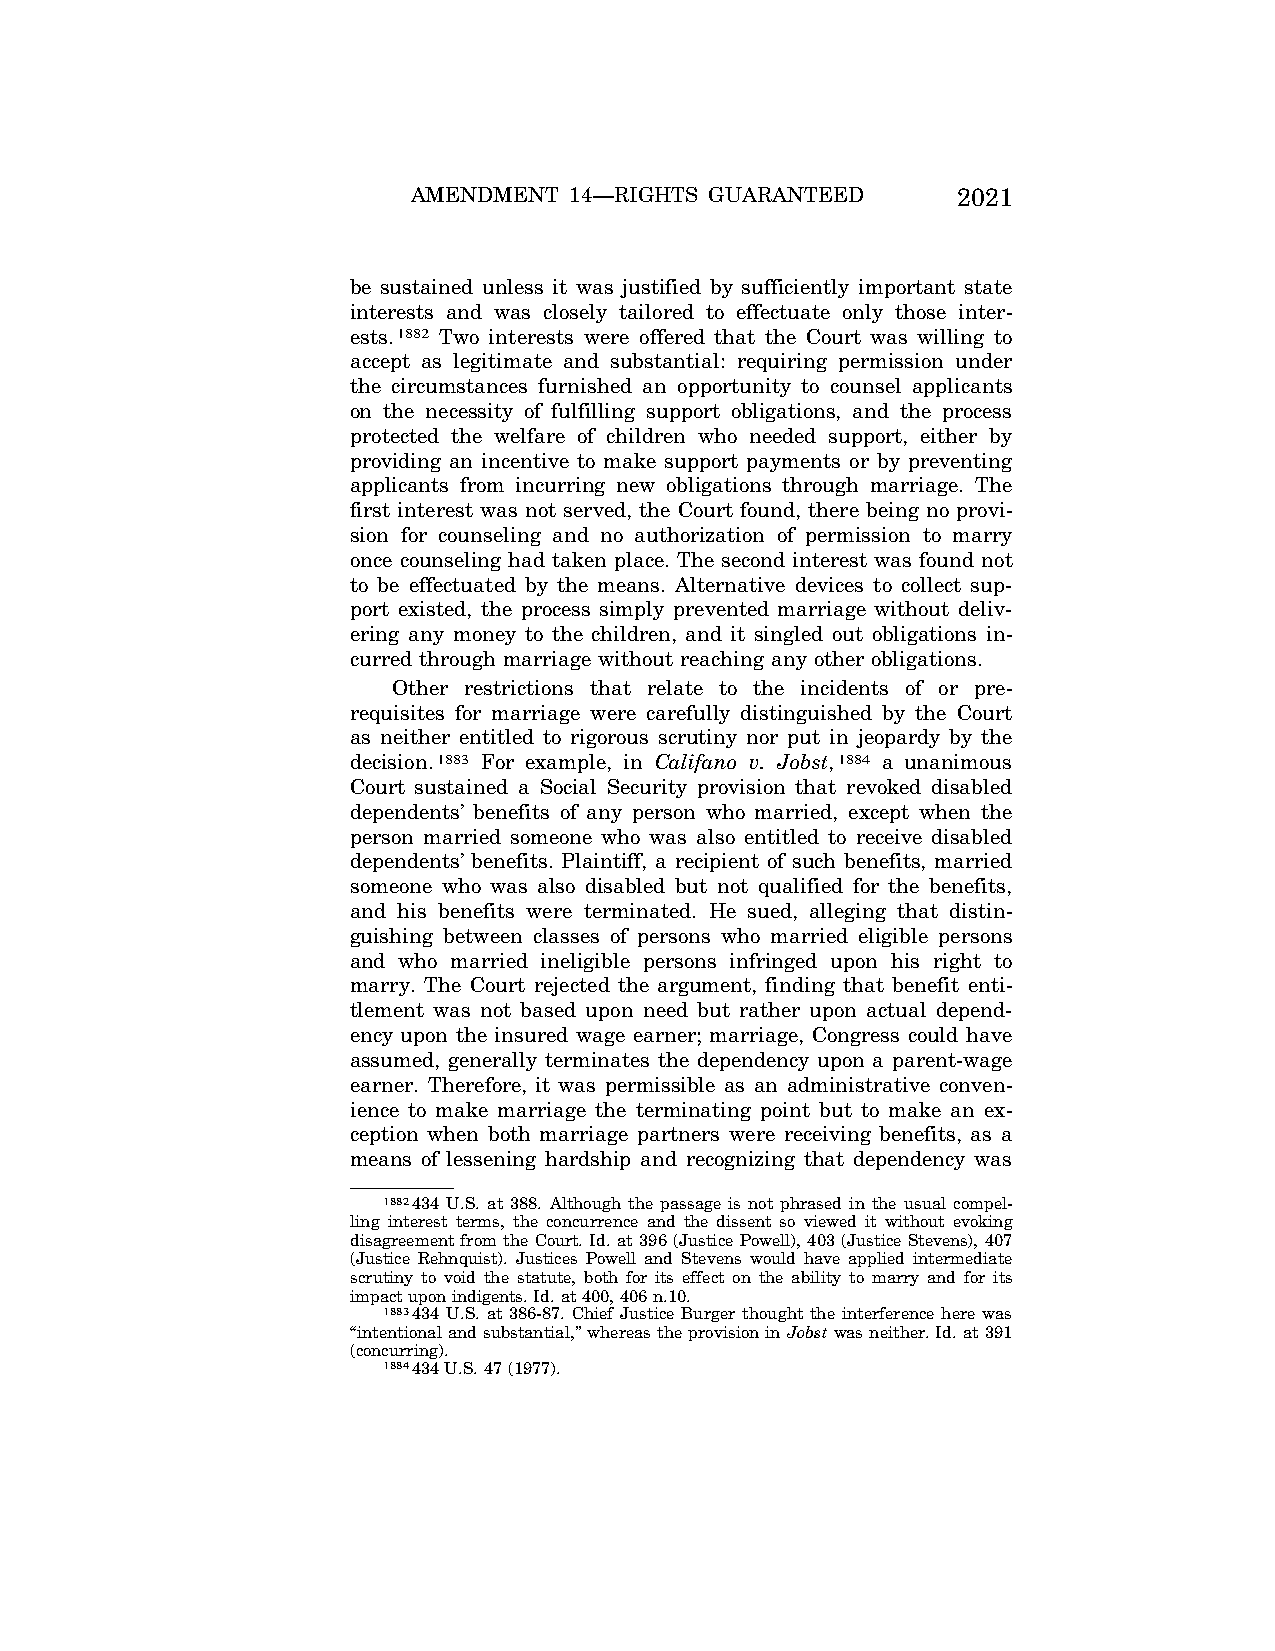
AMENDMENT  14—RIGHTS GUARANTEED     2021
 be sustained unless it was justified by sufficiently important state
 interests and was closely tailored to effectuate only those inter-
 ests.1882 Two interests were offered that the Court was willing to
 accept as legitimate and substantial: requiring permission under
 the circumstances furnished an opportunity to counsel applicants
 on the necessity of fulfilling support obligations, and the process
 protected the welfare of children who needed support, either by
 providing an incentive to make support payments or by preventing
 applicants from incurring new obligations through marriage. The
 first interest was not served, the Court found, there being no provi-
 sion for counseling and no authorization of permission to marry
 once counseling had taken place. The second interest was found not
 to be effectuated by the means. Alternative devices to collect sup-
 port existed, the process simply prevented marriage without deliv-
 ering any money to the children, and it singled out obligations in-
 curred through marriage without reaching any other obligations.
 Other restrictions that relate to the incidents of or pre-
 requisites for marriage were carefully distinguished by the Court
 as neither entitled to rigorous scrutiny nor put in jeopardy by the
 decision.1883 For example, in Califano v. Jobst,1884 a unanimous
 Court sustained a Social Security provision that revoked disabled
 dependents’ benefits of any person who married, except when the
 person married someone who was also entitled to receive disabled
 dependents’ benefits. Plaintiff, a recipient of such benefits, married
 someone who was also disabled but not qualified for the benefits,
 and his benefits were terminated. He sued, alleging that distin-
 guishing between classes of persons who married eligible persons
 and who married ineligible persons infringed upon his right to
 marry. The Court rejected the argument, finding that benefit enti-
 tlement was not based upon need but rather upon actual depend-
 ency upon the insured wage earner; marriage, Congress could have
 assumed, generally terminates the dependency upon a parent-wage
 earner. Therefore, it was permissible as an administrative conven-
 ience to make marriage the terminating point but to make an ex-
 ception when both marriage partners were receiving benefits, as a
 means of lessening hardship and recognizing that dependency was
 1882434 U.S. at 388. Although the passage is not phrased in the usual compel-
 ling interest terms, the concurrence and the dissent so viewed it without evoking
 disagreement from the Court. Id. at 396 (Justice Powell), 403 (Justice Stevens), 407
 (Justice Rehnquist). Justices Powell and Stevens would have applied intermediate
 scrutiny to void the statute, both for its effect on the ability to marry and for its
 impact upon indigents. Id. at 400, 406 n.10.
 1883434 U.S. at 386-87. Chief Justice Burger thought the interference here was
 ‘‘intentional and substantial,’’ whereas the provision in Jobstwas neither. Id. at 391
 (concurring).
 1884434 U.S. 47 (1977).
 VerDate Jul<13>2004 05:44 Jul 13, 2004 Jkt 000000 PO 00000 Frm 00351 Fmt 8222 Sfmt 8222 \\GSDDPC41\YOURS-AND-MINE\CON046.SGM CON046